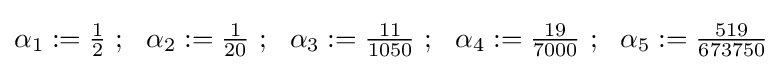
\alpha _{1}:={\tfrac {1}{2}}~;~~\alpha _{2}:={\tfrac {1}{20}}~;~~\alpha _{3}:={\tfrac {11}{1050}}~;~~\alpha _{4}:={\tfrac {19}{7000}}~;~~\alpha _{5}:={\tfrac {519}{673750}}